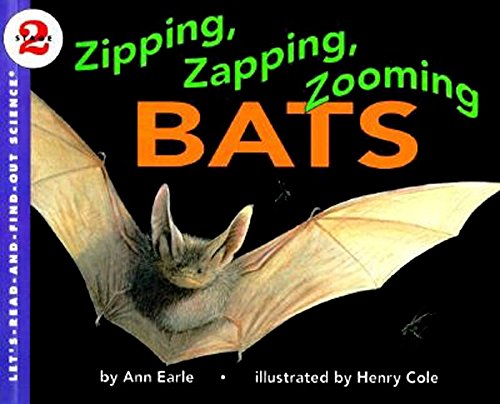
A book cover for Zipping, Zapping, Zooming Bats (Let's-Read-and-Find-Out Science 2); Ann Earle; Science & Math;